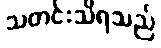
သတင်းသိရသည်